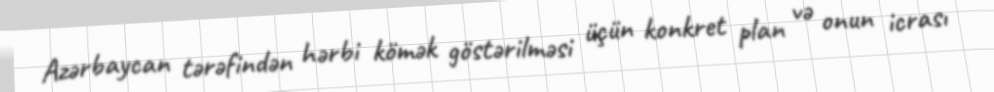
Azərbaycan tərəfindən hərbi kömək göstərilməsi üçün konkret plan və onun icrası